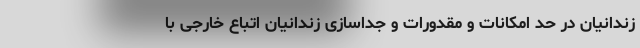
زندانیان در حد امکانات و مقدورات و جداسازی زندانیان اتباع خارجی با